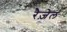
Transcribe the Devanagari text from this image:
रैज़ेल